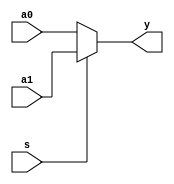
module mux2x32 (a0,a1,s,y);   // 32 bits multiplexer
  input [31:0] a0, a1;        // inputs, 32 bits
  input s;                    // input, 1 bit
  output [31:0] y;            // output, 32 bits
  assign y = s? a1 : a0;      // if (s == 1) then y = a1; else y = a0;
endmodule